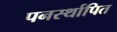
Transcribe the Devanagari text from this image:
पनर्स्थापित